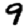
Digit: 9